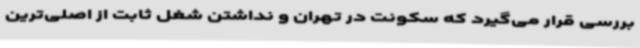
بررسی قرار می‌گیرد که سکونت در تهران و نداشتن شغل ثابت از اصلی‌ترین